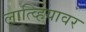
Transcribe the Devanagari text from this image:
लात्व्हियावर